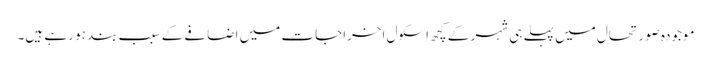
موجودہ صورتحال میں پہلے ہی شہر کے کچھ اسکول اخراجات میں اضافے کے سبب بند ہو رہے ہیں۔